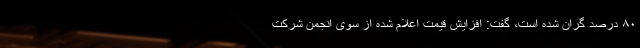
٨٠ درصد گران شده است، گفت: افزایش قیمت اعلام شده از سوی انجمن شرکت